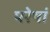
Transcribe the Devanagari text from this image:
परेषां